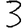
Digit: 3